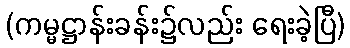
(ကမ္မဋ္ဌာန်းခန်း၌လည်း ရေးခဲ့ပြီ)